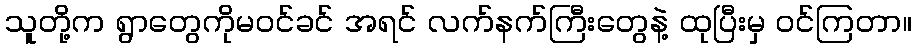
သူတို့က ရွာတွေကိုမဝင်ခင် အရင် လက်နက်ကြီးတွေနဲ့ ထုပြီးမှ ဝင်ကြတာ။